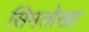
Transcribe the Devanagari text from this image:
सिमतोखा